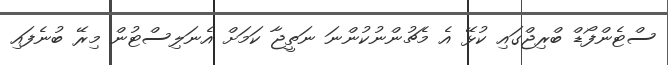
ސްޓެންފޯޑް ބްރިޖްގައި ކުޅޭ އެ މެޗުންނުކުންނަ ނަތީޖާ ކަމަށް އެނަލިސްޓުން މިރޭ ބުނެފައި